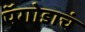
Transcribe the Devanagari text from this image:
पॅगोडाचं